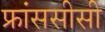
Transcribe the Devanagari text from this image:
फ्रांससीसी